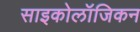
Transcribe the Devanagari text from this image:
साइकोलॉजिकन